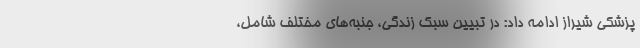
پزشکی شیراز ادامه داد: در تبیین سبک زندگی، جنبه‌­های مختلف شامل،